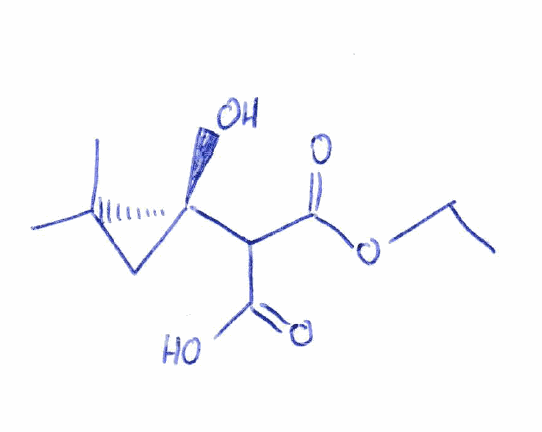
Simplified molecular-input line-entry system (SMILES) notation of the given molecule:
CCOC(=O)C(C(=O)O)[C@@]1(CC1(C)C)O